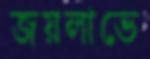
জয়লাভে